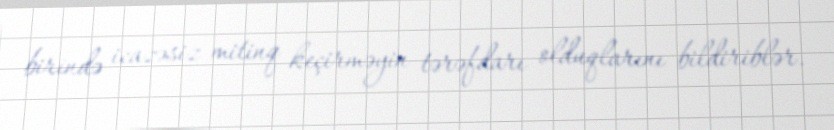
birində icazəsiz mitinq keçirməyin tərəfdarı olduqlarını bildiriblər.